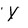
Character: Y